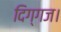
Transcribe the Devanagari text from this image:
दिग्गज।